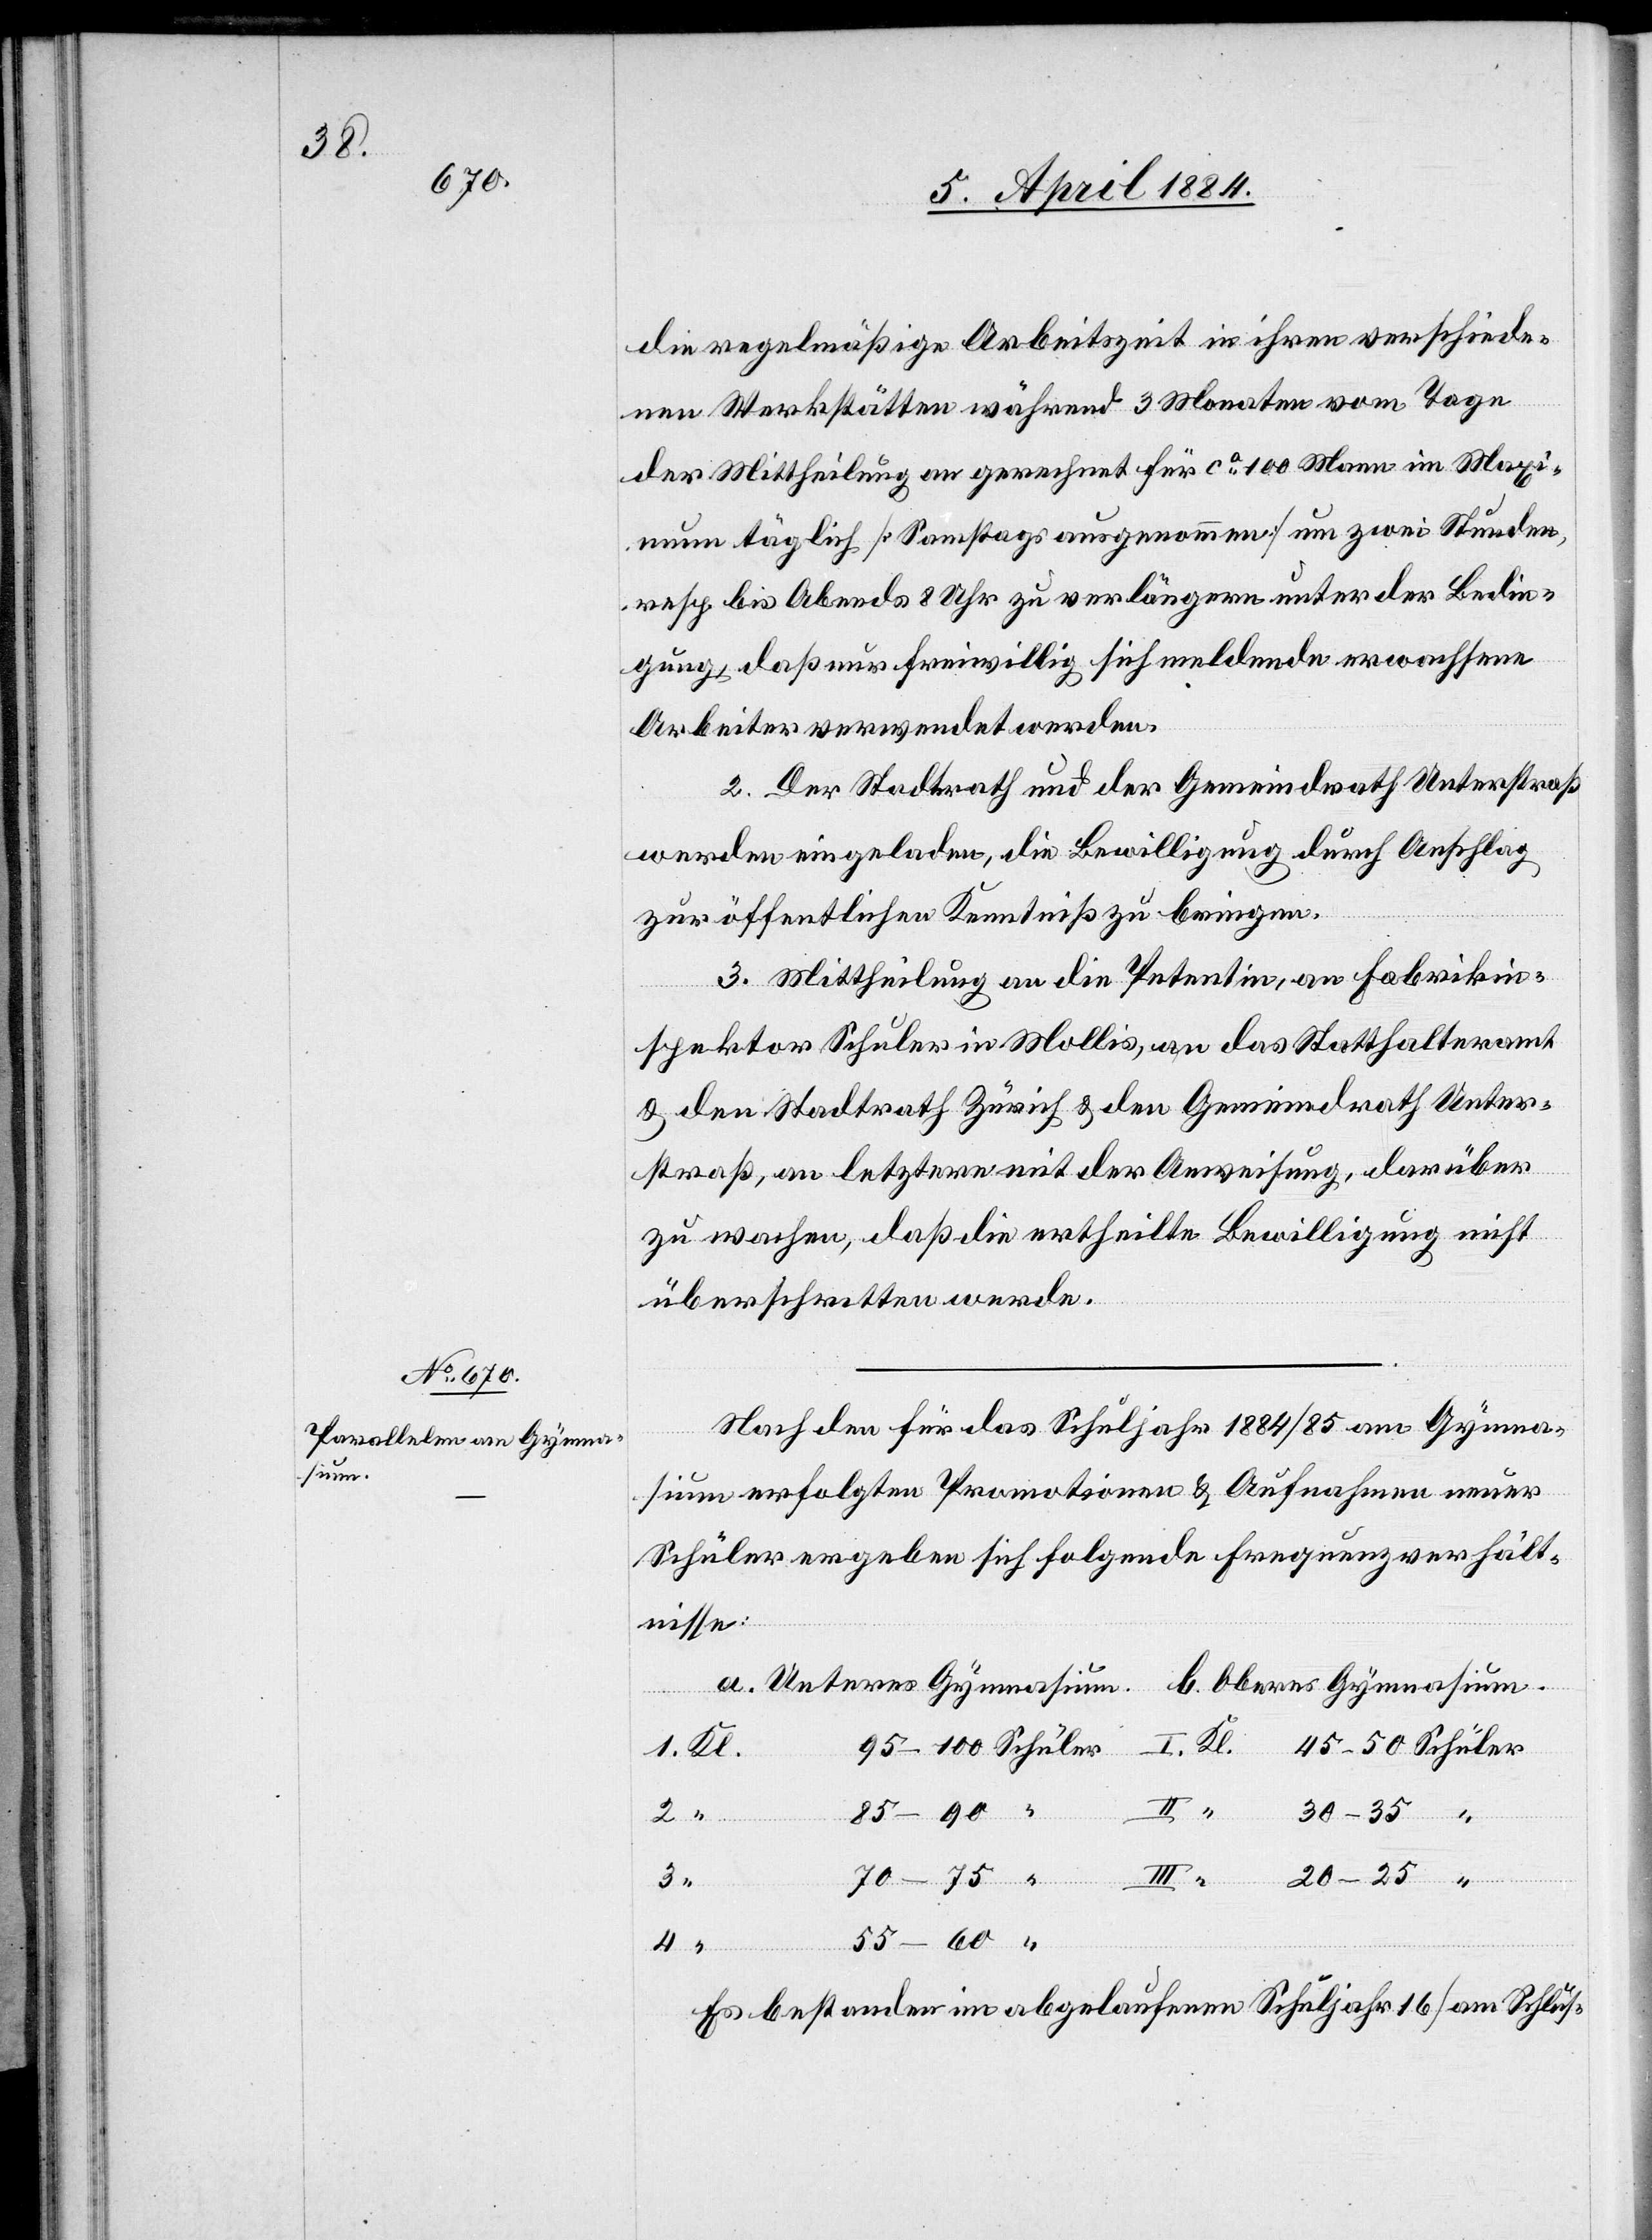
3.

sium

die regelmäßige Arbeitszeit in ihren verschiede¬
nen Werkstätten während 3 Monaten vom Tage
der Mittheilung an gerechnet für ca 100 Mann im Maxi¬
mum täglich [Samstage ausgenommen] um zwei Stunden
resp. bis Abends 8 Uhr zu verlängern unter der Bedin¬
gung, daß nur freiwillig sich meldende erwachsene
Arbeiter verwendet werden.
2. Der Stadtrath und der Gemeindrath Unterstraß
werden eingeladen, die Bewilligung durch Anschlag
zur öffentlichen Kenntniß zu bringen.
3. Mittheilung an die Petentin an Fabrikin¬
spektor Schuler in Mollis, an das Statthalteramt
& den Stadtrath Zürich & den Gemeindrath Unter¬
straß, an letztern mit der Anweisung, darüber
zu wachen, daß die ertheilte Bewilligung nicht
überschritten werde.
Nach den für das Schuljahr 1884/85 am Gymna¬
sium erfolgten Promotionen & Aufnahmen neuer
Schüler ergeben sich folgende Frequenzverhält¬
nisse:
Schüler
Oberes Gymnasium
4.
85–90
30–35
Gymna¬
20–25
Es bestanden im abgelaufenen Schuljahr 16 [am Schlus-